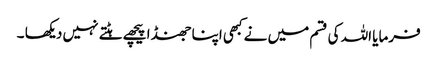
فرمایا اللہ کی قسم میں نے کبھی اپنا جھنڈا پیچھے ہٹتے نہیں دیکھا ۔